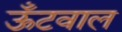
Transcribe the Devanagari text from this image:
ऊँटवाल